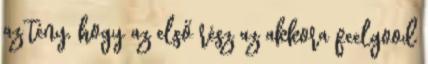
az tény, hogy az első rész az akkora feelgood